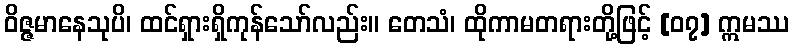
ဝိဇ္ဇမာနေသုပိ၊ ထင်ရှားရှိကုန်သော်လည်း။ တေသံ၊ ထိုကာမတရားတို့ဖြင့် [၀၇] ဣမဿ